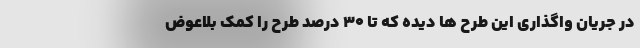
در جریان واگذاری این طرح ها دیده که تا ۳۰ درصد طرح را کمک بلاعوض